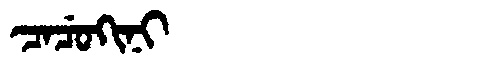
Manchu: ᠴᠠᠴᡠᡴᡳᠨᡳ
Romanization: CACUKINI